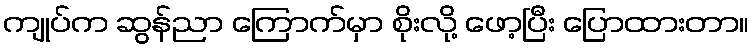
ကျုပ်က ဆွန်ညာ ကြောက်မှာ စိုးလို့ ဖော့ပြီး ပြောထားတာ။